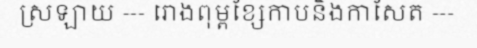
ស្រឡាយ --- រោងពុម្ពខ្សែកាបនិងកាសែត ---